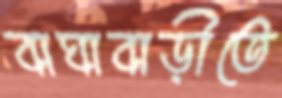
বাঘাবাড়ীতে